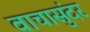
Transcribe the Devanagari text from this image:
वाचासुंदर